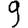
Digit: 9